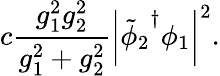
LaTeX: c{\frac{g_{1}^{2}g_{2}^{2}}{g_{1}^{2}+g_{2}^{2}}}\left|{\tilde{\phi}_{2}}^{\dagger}\phi_{1}\right|^{2}.